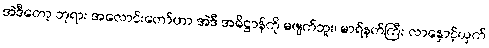
အဲဒီတော့ ဘုရား အလောင်းတော်ဟာ အဲဒီ အဓိဋ္ဌာန်ကို မဖျက်ဘူး၊ မာရ်နတ်ကြီး လာနှောင့်ယှက်